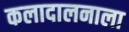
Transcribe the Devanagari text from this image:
कलादालनाला